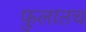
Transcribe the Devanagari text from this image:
फुलातच